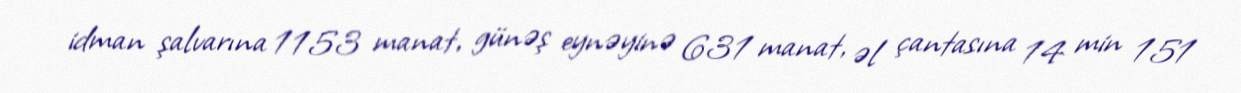
idman şalvarına 1153 manat, günəş eynəyinə 631 manat, əl çantasına 14 min 151